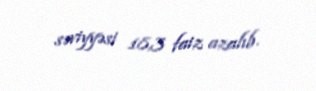
səviyyəsi 18,3 faiz azalıb.